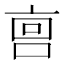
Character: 𫪮